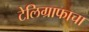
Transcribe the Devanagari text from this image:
टेलिग्राफाचा